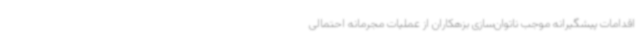
اقدامات پیشگیرانه موجب ناتوان‌سازی بزهکاران از عملیات مجرمانه احتمالی